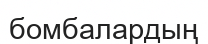
бомбалардың